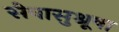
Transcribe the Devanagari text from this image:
सेवासुश्रूषा